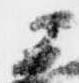
公